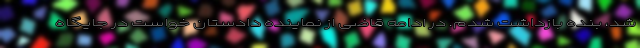
شد، بنده بازداشت شدم. در ادامه قاضی از نماینده دادستان خواست در جایگاه